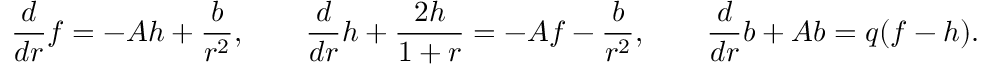
\frac { d } { d r } f = - A h + { \frac { b } { r ^ { 2 } } } , \qquad \frac { d } { d r } h + \frac { 2 h } { 1 + r } = - A f - { \frac { b } { r ^ { 2 } } } , \qquad \frac { d } { d r } b + A b = q ( f - h ) .